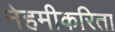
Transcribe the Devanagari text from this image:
नेहमीकरिता